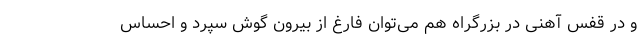
و در قفس آهنی در بزرگراه هم می‌توان فارغ از بیرون گوش سپرد و احساس